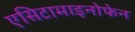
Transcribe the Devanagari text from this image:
एसिटामाइनोफेन